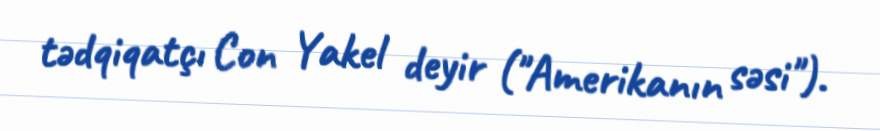
tədqiqatçı Con Yakel deyir ("Amerikanın səsi").